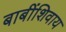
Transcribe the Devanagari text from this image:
बाबींशिवाय